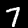
Label: 7